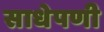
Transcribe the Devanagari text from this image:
साधेपणी